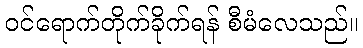
ဝင်ရောက်တိုက်ခိုက်ရန် စီမံလေသည်။